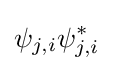
\psi _{j,i}\psi _{j,i}^{*}